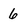
Character: 6